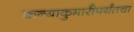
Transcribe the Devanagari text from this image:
कन्याकुमारीपर्यंतचा